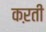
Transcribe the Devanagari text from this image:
कऱती